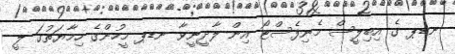
ނޑޕ ގެ އިބިލީސް މެނިފެސްޓޯ އިން ލާދީނީވާ ނޑޕ މީހުންގެ ހިމާޔަތުގަ ލީ